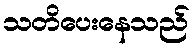
သတိပေးနေသည်